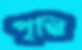
পৃথ্বি